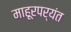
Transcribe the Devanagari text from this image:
माहूरपर्यंत